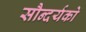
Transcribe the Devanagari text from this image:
सौन्दर्यको